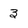
Character: 3